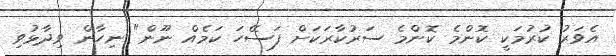
އެވަރު ކުރުމަކީ ކޮންމެ ކޮންމެ ސަރުކާރަކަށް ފަސޭހަ ކަމެއް ނޫން" ނިހާން ވިދާޅުވި